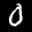
Label: 0